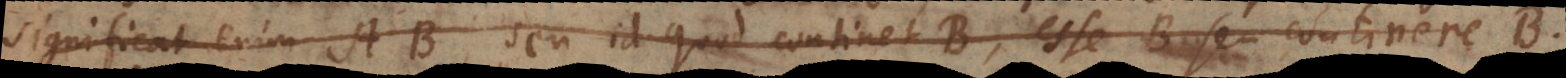
Significat enim AB, seu id quod continet Ä B, esse B seu continere B.